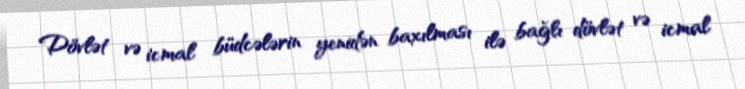
Dövlət və icmal büdcələrin yenidən baxılması ilə bağlı dövlət və icmal